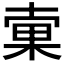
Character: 𣓑